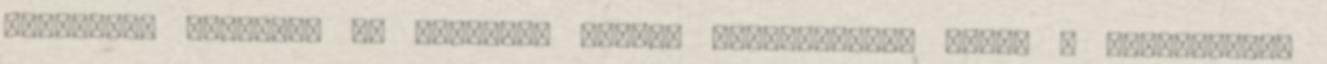
Megoldási javaslat ▪A térségbe érkező vízituristák száma a fejlesztést